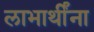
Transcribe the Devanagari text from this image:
लाभार्थींना